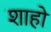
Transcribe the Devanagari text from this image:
शाहो